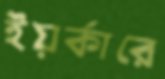
ইয়র্কারে